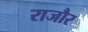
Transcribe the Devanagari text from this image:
राजौर